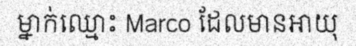
ម្នាក់ឈ្មោះ Marco ដែលមានអាយុ